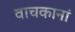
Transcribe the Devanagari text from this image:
वाचकानां